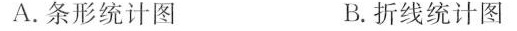
A. 条形统计图 B. 折线统计图